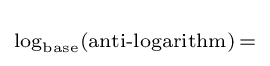
\scriptstyle \log _{\text{base}}({\text{anti-logarithm}})\,=